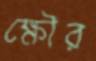
ক্ষৌর